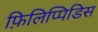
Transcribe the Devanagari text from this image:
फ़िलिप्पिडिस